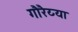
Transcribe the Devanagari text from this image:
गौरैय्या